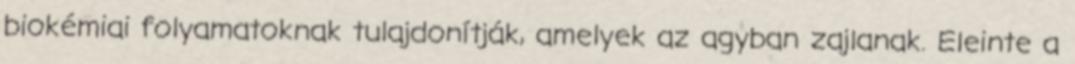
biokémiai folyamatoknak tulajdonítják, amelyek az agyban zajlanak. Eleinte a